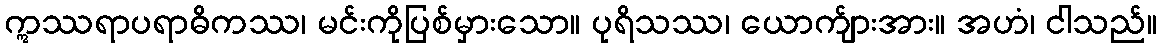
ဣဿရာပရာဓိကဿ၊ မင်းကိုပြစ်မှားသော။ ပုရိသဿ၊ ယောက်ျားအား။ အဟံ၊ ငါသည်။